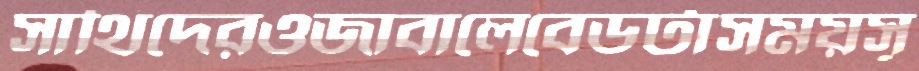
সাথিদেরওজাবালেবেডটাসময়সূ